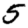
Digit: 5